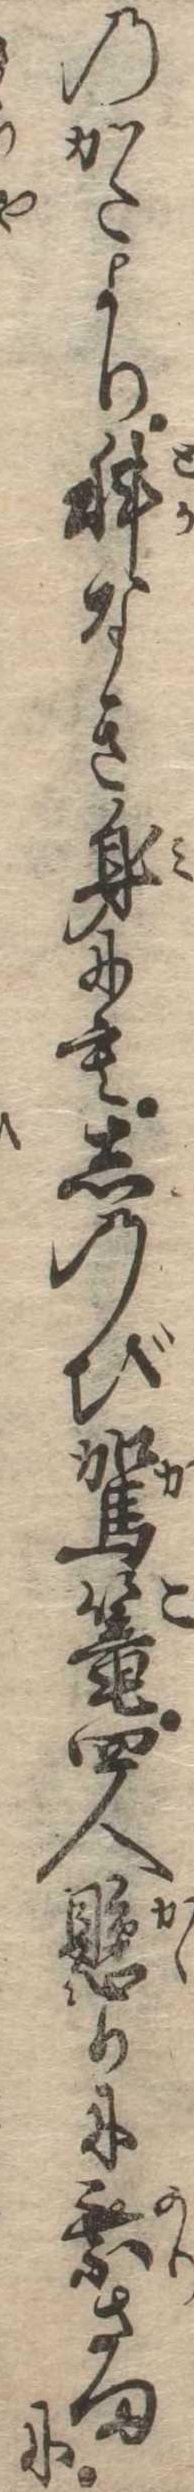
のかたより科なき身にもしのび駕篭四人懸りに乗さまに